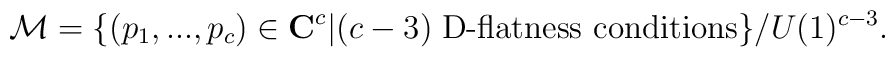
{\cal M}=\{(p_1,...,p_c) \in {\bf C}^c|(c-3) \; \mbox{D-flatness conditions}\}/U(1)^{c-3}.